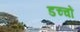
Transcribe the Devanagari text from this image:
डच्चों